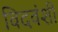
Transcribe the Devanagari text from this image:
विदवंशी